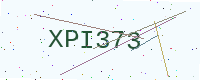
Text: XPI373